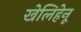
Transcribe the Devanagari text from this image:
खेलिहेनू